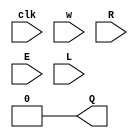
module top_module (
    input clk,
    input w, R, E, L,
    output reg Q
);
    wire temp1;
    wire temp2;
    assign Q=0;
    
    assign temp1=E?w:Q;
    assign temp2=L?R:temp1;
       always@(posedge clk)begin
        Q=temp2;
    end

endmodule